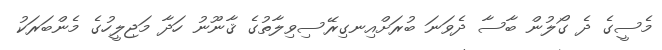
މެސީގެ ދެ ގޯލުން ބާސާ ދެވަނަ ބުރަށްއިނގިރޭސިވިލާތުގެ ޤާނޫނު ހަދާ މަޖިލީހުގެ މެންބަރަކު